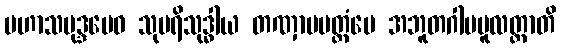
မဟာသမုဒ္ဒမေဝ သုပရိသုဒ္ဓါယ တဏှာမမတ္တံပေ အဘူတဂါမမူလတ္တာတိ